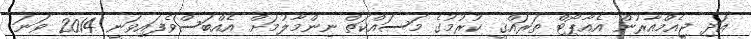
އަދި ޖީއެމްއާރުން އެއާޕޯޓް ތަރައްޤީ ކުރުމުގެ މަސައްކަތް ނިންމާލުމަށް އެއްބަސްވެފައިވަނީ 2014 ވަނަ